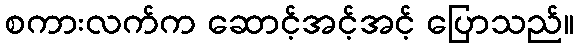
စကားလက်က ဆောင့်အင့်အင့် ပြောသည်။